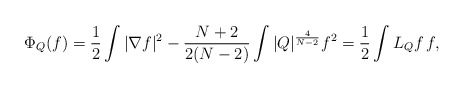
\begin{align*} \Phi_Q(f)=\frac{1}{2}\int |\nabla f|^2-\frac{N+2}{2(N-2)}\int |Q|^{\frac{4}{N-2}}f^2=\frac{1}{2}\int L_Qf\,f,\end{align*}